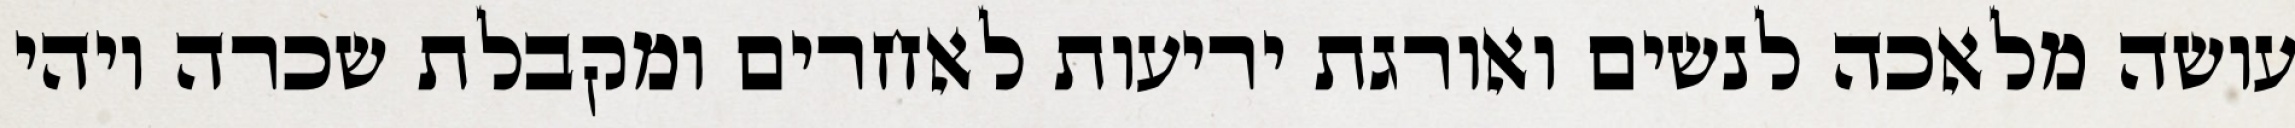
עושה מלאכה לנשים ואורגת יריעות לאחרים ומקבלת שכרה ויהי